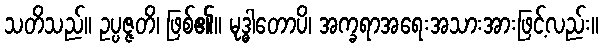
သတိသည်။ ဥပ္ပဇ္ဇတိ၊ ဖြစ်၏။ မုဒ္ဓါတောပိ၊ အက္ခရာအရေးအသားအားဖြင့်လည်း။